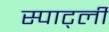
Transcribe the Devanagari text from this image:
स्पार्ट्ली